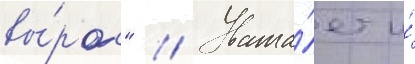
вы́рос" // Уважа́ет и́